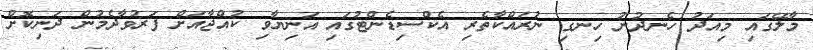
މާލޭގައި މިއަދު ހެނދުނު ހިނގި ނުރައްކާތެރި އެކްސިޑެންޓުގައި އަނިޔާވި ކުއްޖާއަށް ފަރުވާދެމުން ދަނިކޮށް